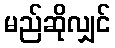
မည်ဆိုလျှင်